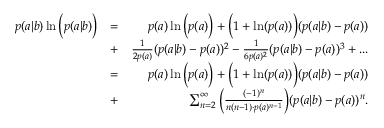
\begin{array} { r l r } { p ( a | b ) \ln \Big ( p ( a | b ) \Big ) } & { = } & { p ( a ) \ln \Big ( p ( a ) \Big ) + \Big ( 1 + \ln ( p ( a ) ) \Big ) ( p ( a | b ) - p ( a ) ) } \\ & { + } & { \frac { 1 } { 2 p ( a ) } ( p ( a | b ) - p ( a ) ) ^ { 2 } - \frac { 1 } { 6 p ( a ) ^ { 2 } } ( p ( a | b ) - p ( a ) ) ^ { 3 } + . . . } \\ & { = } & { p ( a ) \ln \Big ( p ( a ) \Big ) + \Big ( 1 + \ln ( p ( a ) ) \Big ) ( p ( a | b ) - p ( a ) ) } \\ & { + } & { \sum _ { n = 2 } ^ { \infty } \Big ( \frac { ( - 1 ) ^ { n } } { n ( n - 1 ) \cdot p ( a ) ^ { n - 1 } } \Big ) ( p ( a | b ) - p ( a ) ) ^ { n } . } \end{array}